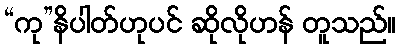
“ကု”နိပါတ်ဟုပင် ဆိုလိုဟန် တူသည်။